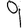
Digit: 9